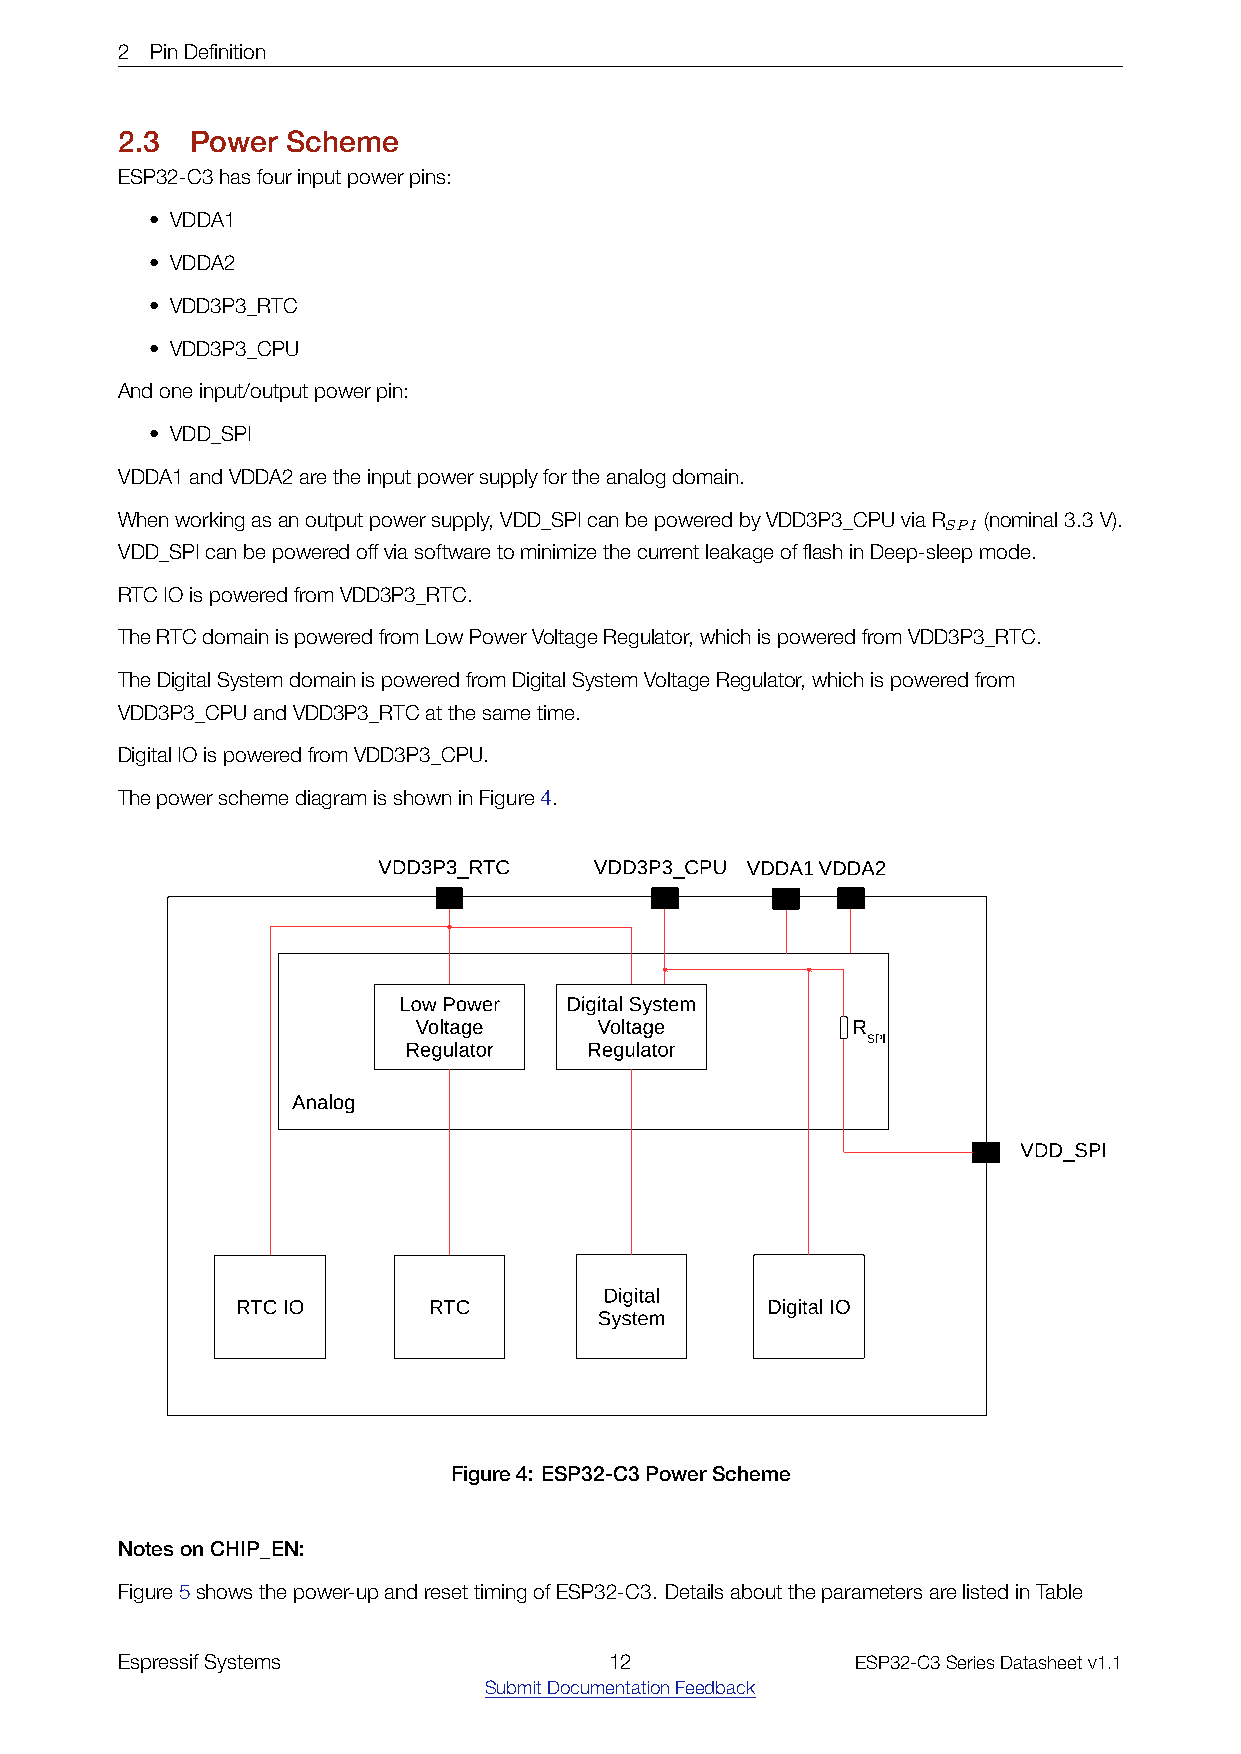
2 PinDefinition
 2.3  Power Scheme
 ESP32-C3hasfourinputpowerpins:
 • VDDA1
 • VDDA2
 • VDD3P3_RTC
 • VDD3P3_CPU
 Andoneinput/outputpowerpin:
 • VDD_SPI
 VDDA1andVDDA2aretheinputpowersupplyfortheanalogdomain.
 Whenworkingasanoutputpowersupply,VDD_SPIcanbepoweredbyVDD3P3_CPUviaR (nominal3.3V).
 SPI
 VDD_SPIcanbepoweredoffviasoftwaretominimizethecurrentleakageofflashinDeep-sleepmode.
 RTCIOispoweredfromVDD3P3_RTC.
 TheRTCdomainispoweredfromLowPowerVoltageRegulator,whichispoweredfromVDD3P3_RTC.
 TheDigitalSystemdomainispoweredfromDigitalSystemVoltageRegulator,whichispoweredfrom
 VDD3P3_CPUandVDD3P3_RTCatthesametime.
 DigitalIOispoweredfromVDD3P3_CPU.
 ThepowerschemediagramisshowninFigure4.
 Figure4: ESP32­C3PowerScheme
 NotesonCHIP_EN:
 Figure5showsthepower-upandresettimingofESP32-C3. DetailsabouttheparametersarelistedinTable
 EspressifSystems                12               ESP32-C3SeriesDatasheetv1.1
 SubmitDocumentationFeedback